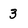
Character: 3